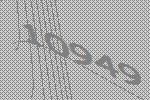
10949